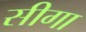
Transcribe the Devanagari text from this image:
सीगा